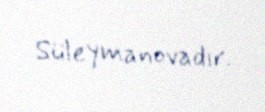
Süleymanovadır.